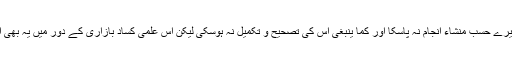
اگرچہ یہ کام میرے حسب منشاء انجام نہ پاسکا اور کما ینبغی اس کی تصحیح و تکمیل نہ ہوسکی لیکن اس علمی کساد بازاری کے دور میں یہ بھی امر غنیمت ہے۔